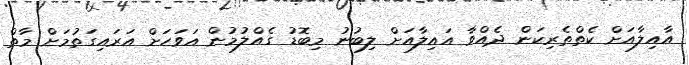
އާއިލާއަށް ކެތްތެރިކަން ދެއްވާ އައިލާއަށް ލިބުނު މިބޮޑު ގެއްލުމުން އަވަހަށް އަރައިގަތުމަށް މާތް